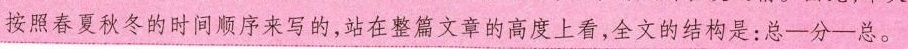
按照春夏秋冬的时间新序来写的，站在整文章的高度上看，全文的结构是：总—分一总。